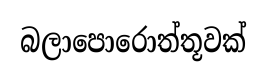
බලාපොරොත්තූවක්